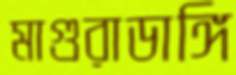
মাগুরাডাঙ্গি